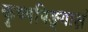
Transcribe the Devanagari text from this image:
कृष्णपिङ्गाक्षं